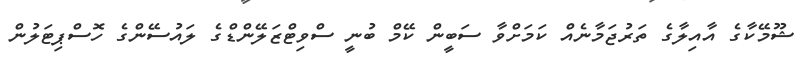
ޝޫމޭކާގެ އާއިލާގެ ތަރުޖަމާނެއް ކަމަށްވާ ސަބީން ކޭމް ބުނީ ސްވިޓްޒަލޭންޑްގެ ލައުސޭންގެ ހޮސްޕިޓަލުން